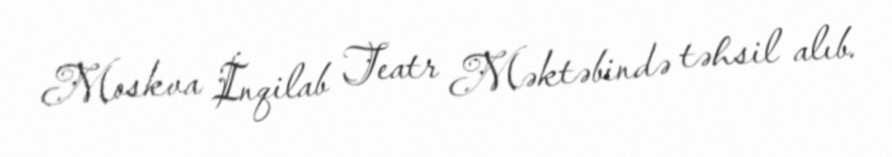
Moskva İnqilab Teatr Məktəbində təhsil alıb.